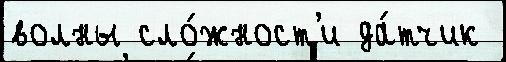
волны сло́жност'и да́тчик